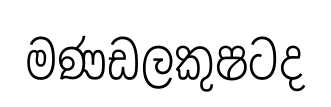
මණඩලකුෂටද